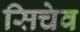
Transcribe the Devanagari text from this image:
सिचेव